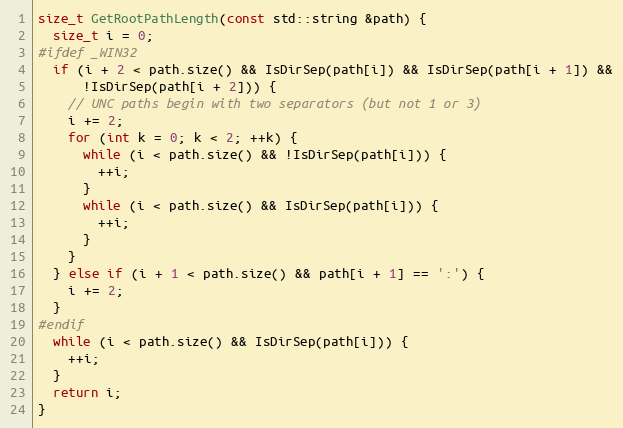
Language: C++
size_t GetRootPathLength(const std::string &path) {
  size_t i = 0;
#ifdef _WIN32
  if (i + 2 < path.size() && IsDirSep(path[i]) && IsDirSep(path[i + 1]) &&
      !IsDirSep(path[i + 2])) {
    // UNC paths begin with two separators (but not 1 or 3)
    i += 2;
    for (int k = 0; k < 2; ++k) {
      while (i < path.size() && !IsDirSep(path[i])) {
        ++i;
      }
      while (i < path.size() && IsDirSep(path[i])) {
        ++i;
      }
    }
  } else if (i + 1 < path.size() && path[i + 1] == ':') {
    i += 2;
  }
#endif
  while (i < path.size() && IsDirSep(path[i])) {
    ++i;
  }
  return i;
}